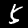
Digit: 5